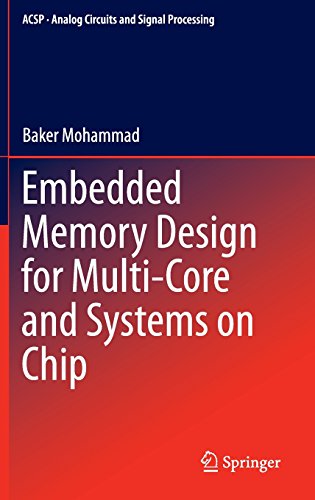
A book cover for Embedded Memory Design for Multi-Core and Systems on Chip (Analog Circuits and Signal Processing); Baker Mohammad; Computers & Technology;